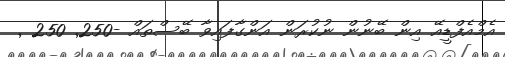
އެމްއެފްޑީއޭ އިން ބޭނުން ނުކުރަން އަންގާފައިވާ ބޭސްތައް -250